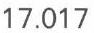
17.017